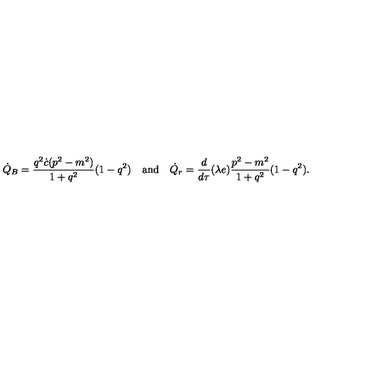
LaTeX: \dot { Q } _ { B } = \frac { q ^ { 2 } \dot { c } ( p ^ { 2 } - m ^ { 2 } ) } { 1 + q ^ { 2 } } ( 1 - q ^ { 2 } ) \quad \mathrm { a n d } \quad \dot { Q } _ { r } = \frac { d } { d \tau } ( \lambda e ) \frac { p ^ { 2 } - m ^ { 2 } } { 1 + q ^ { 2 } } ( 1 - q ^ { 2 } ) .